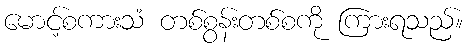
မောင့်စကားသံ တစ်စွန်းတစ်စကို ကြားရသည်။